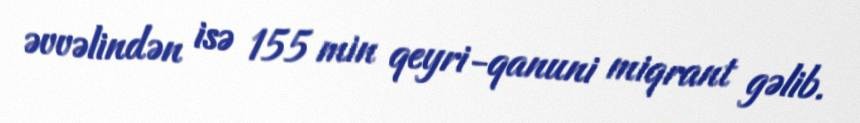
əvvəlindən isə 155 min qeyri-qanuni miqrant gəlib.